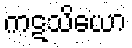
ကဋသိယော